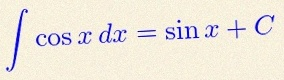
\int \cos x\,dx=\sin x+C